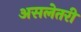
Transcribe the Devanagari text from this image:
असलेतरी